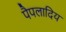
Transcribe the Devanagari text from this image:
पैपलादिय